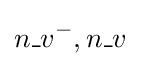
n\_v^{-},n\_v